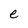
Character: e